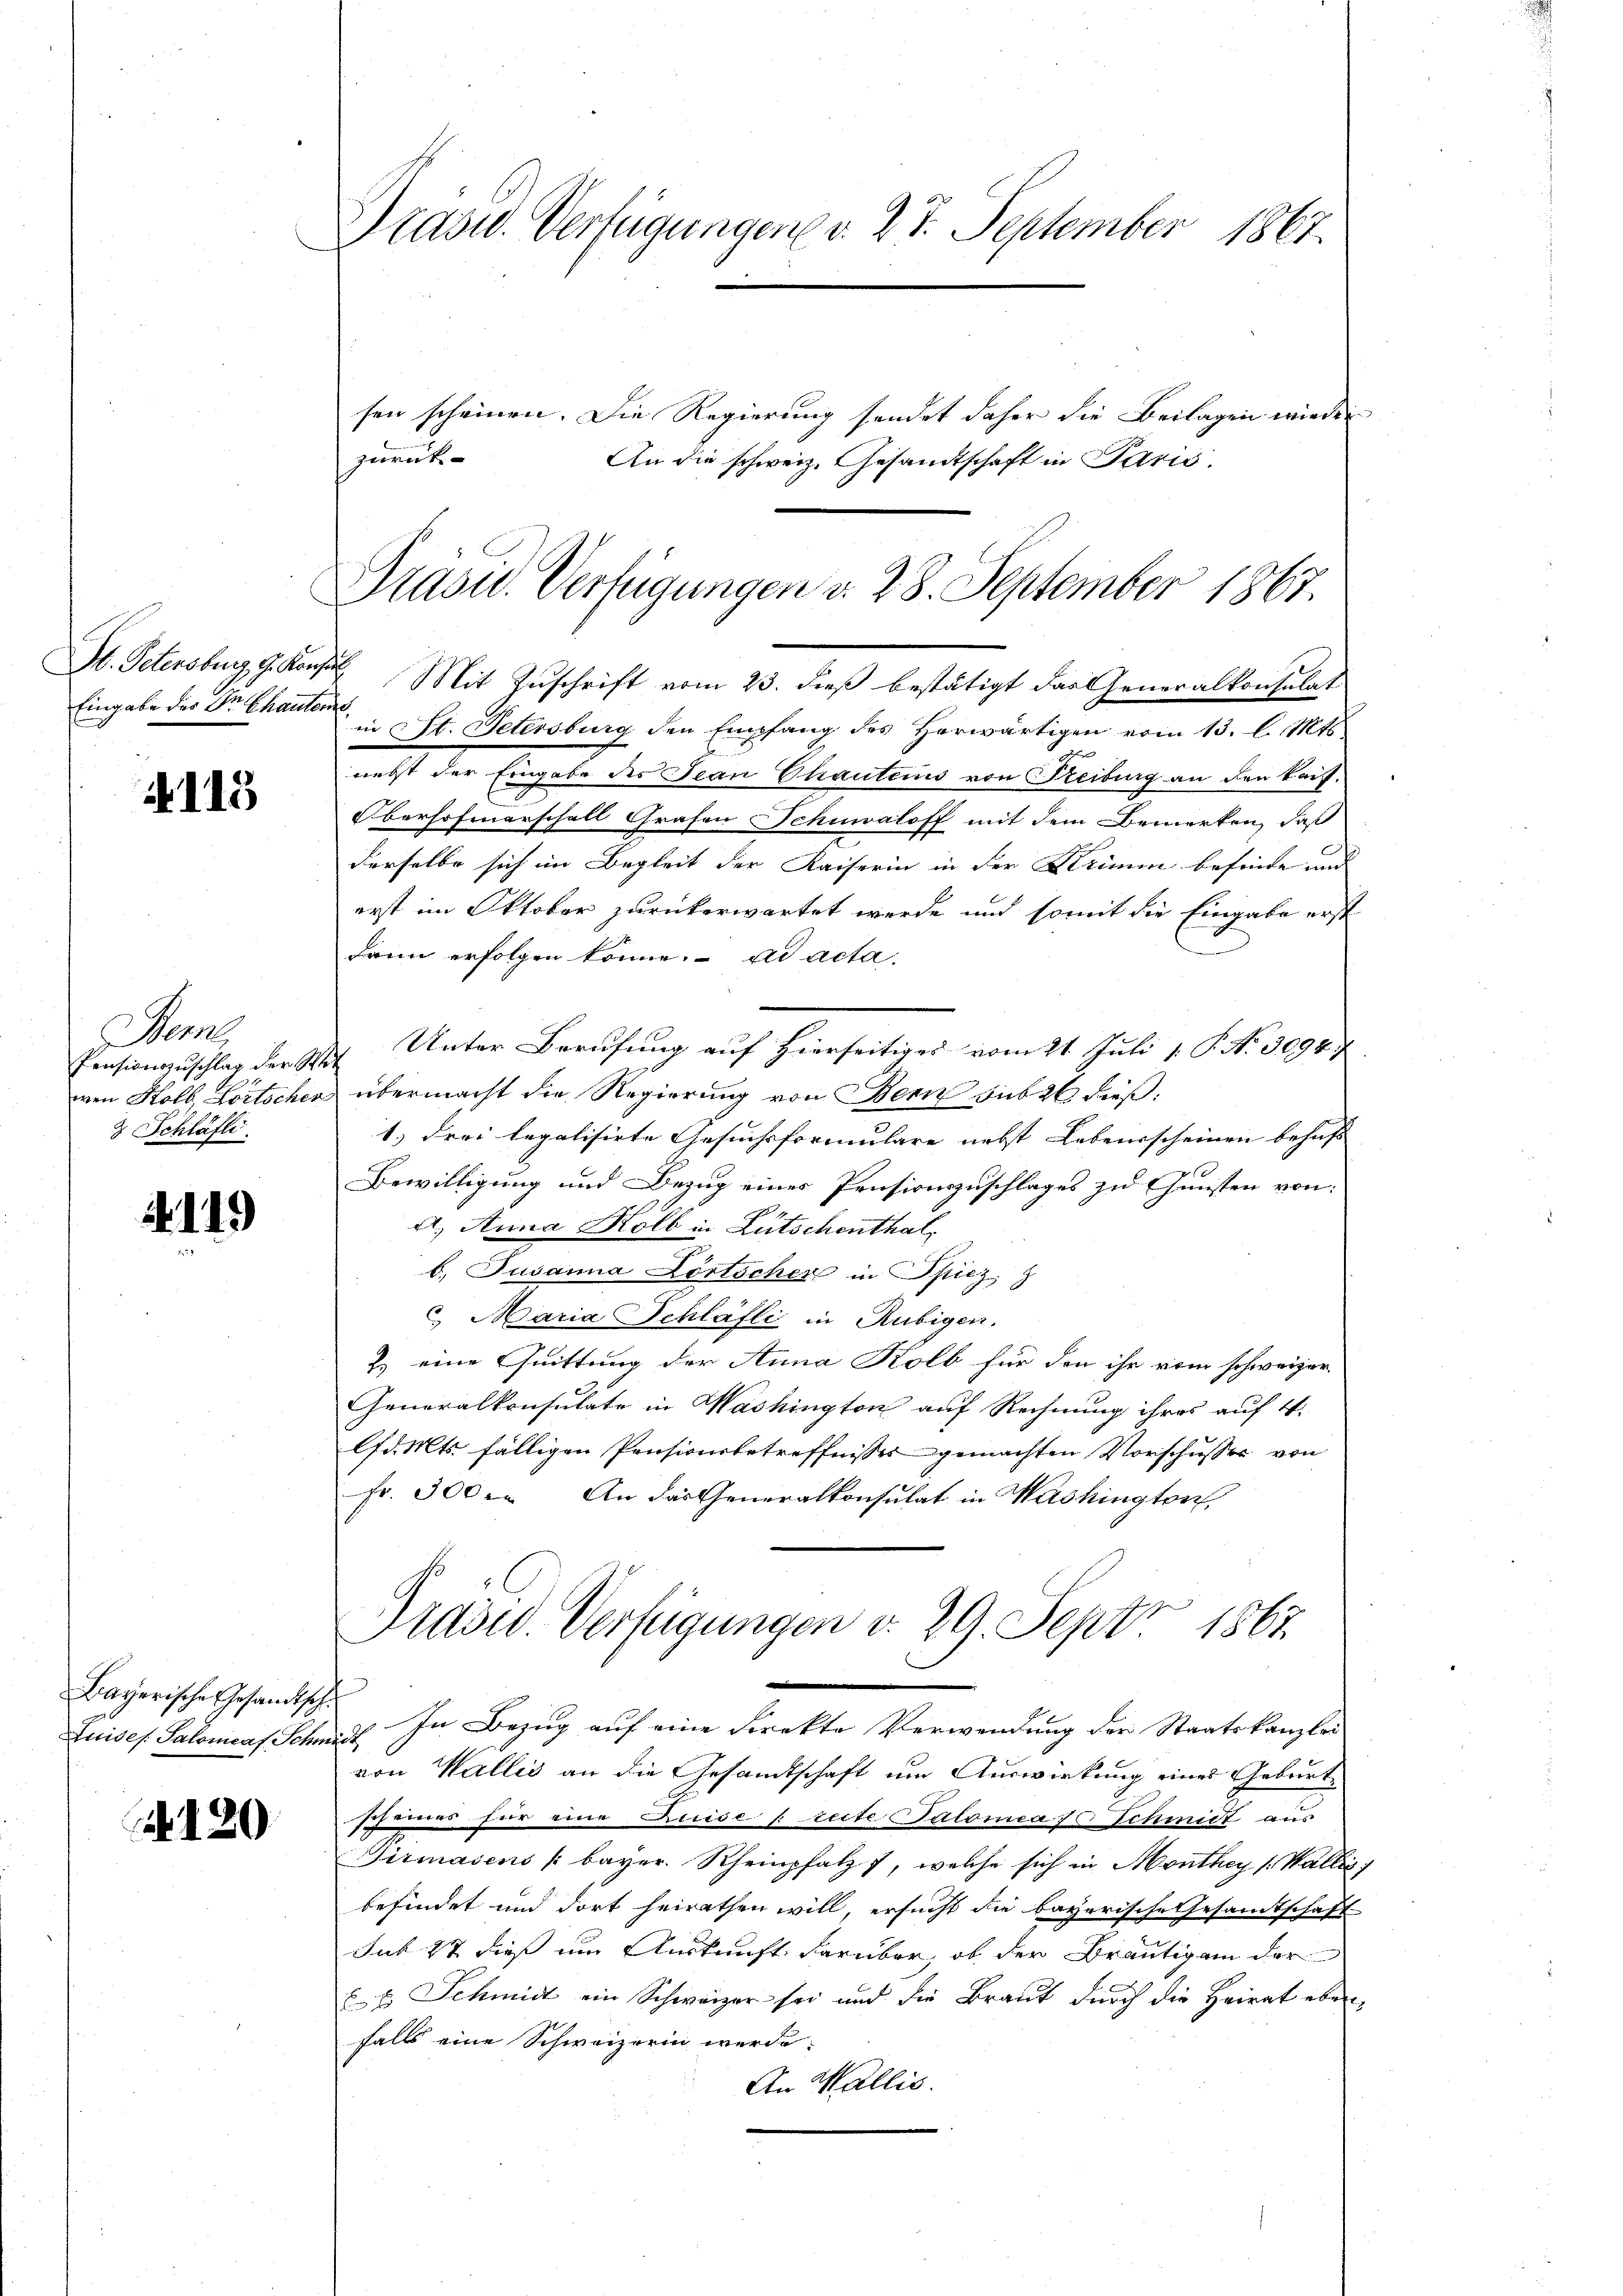
St. Petersburg, G. Kons.
Eingabe der Dr. Chauterie,

4115

Merk
Pensionszuschlag der Str
r
wen Kolb, Lortscher
& Schläfti

4119

Bayerische Gesandtsch.

120

Präsid. Verfügungen d. 27. September 1867.

Präsid. Verfügungen d. 28. September 1867.

sen scheinen. Die Regierung sendet daher die Beilagen wieder
zurück
An die schweiz. Gesandtschaft in Paris.
d
Mit Zuschrift vom 23. dieß bestätigt das Generalkonsulat
in St. Petersburg den Empfang des Horwärtigen vom 13. l. Mts.
nebst der Eingabe des Jean Chauteins von Reiburg an den kaif¬
Oberhofmarschall Grafen Schwaloff mit dem Bemerken, daß
derselbe sich im Begleit der Kaiserin in der Krimm befinde und
erst im Oktober zurückerwartet werde und somit die Eingabe erst
dann erfolgen könne. ad acta
Unter Berufung auf Hierseitiges vom 21. Juli 1. P. N. 3094.
1
& übermacht die Regierung von Bern sub 26 dieß¬
1.) drei legalisirte Gesuchsformulare nebst Lebensscheinen behufs
Bewilligung und Bezug eines Pensionszuschlages zu Gunsten von:
A, Anna Kolb in Lütschenthalb. Susanna Dortscher in Spiez
 Maria Schläfli in Rubigen.
Z. eine Quittung der Anna Kolb für den ihr vom schweizer
Generalkonsulate in Washington auf Rechnung ihres auf 4.
ld. Mts. fälligen Pensiverbetreffnisses gemachten Vorschusser von
Fr. 300. An das Generalkonsulat in Washington,
Präsid. Verfügungen v. 29. Sept. 1867
Luises Salomeas Schrift. In Bezug auf eine Direkte Verwendung der Staatskanzlei
von Wallis an die Gesandtschaft um Auswirkung eines Geburtschönes für eine Luise freite Salomea 70 Schmidt aus
Titmasens bayer. Rheinpfalz 7, welche sich in Monthey (Wallis,
befindet und dort heirathen will, ersucht die bayerische Gesamtschaft
Sub 17 dies um Auskunft darüber, ob der Bräutigam der
E. E. Schmidt ein Schwarzer sei und die Braut durch die Heirat eben
falls eine Schweizerin werde.
An Wallis.